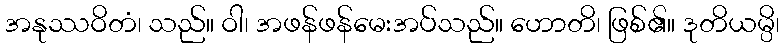
အနုဿဝိတံ၊ သည်။ ဝါ၊ အဖန်ဖန်မေးအပ်သည်။ ဟောတိ၊ ဖြစ်၏။ ဒုတိယမ္ပိ၊